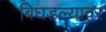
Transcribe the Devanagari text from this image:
बिघडल्यावर